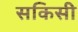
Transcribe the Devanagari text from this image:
सकिसी